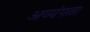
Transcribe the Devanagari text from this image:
अव्यंगता